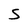
Character: S